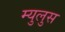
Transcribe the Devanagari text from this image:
म्युलुस